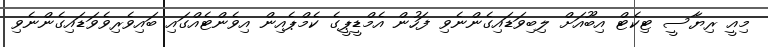
މިއީ ރިޔާސީ ޓިކެޓް އިބޫއަށް ލިބިވަޑައިގެންނެވި ފަހުން އެމްޑީޕީގެ ކެމްޕެއިން އިވެންޓެއްގައި ބައިވެރިވެވަޑައިގެންނެވި